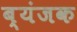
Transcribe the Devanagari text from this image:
ब्यंजक